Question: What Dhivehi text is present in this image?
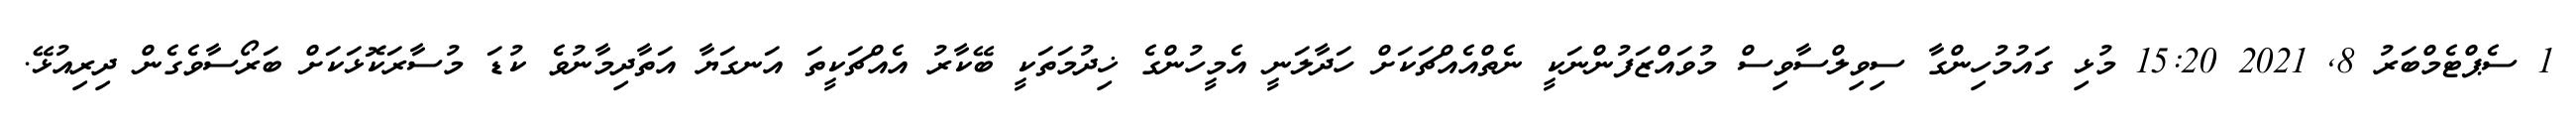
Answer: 1 ސެޕްޓެމްބަރު 8, 2021 15:20 މުޅި ގައުމުހިންގާ ސިވިލްސާވިސް މުވައްޒަފުންނަކީ ނެތްއެއްޗަކަށް ހަދާލަނީ އެމީހުންގެ ޚިދުމަތަކީ ބޭކާރު އެއްޗަކީތަ އަނގަޔާ އަތާދިމާނުވެ ކުޑަ މުސާރަކޮޅަކަށް ބަރޯސާވެގެން ދިރިއުޅޭ.